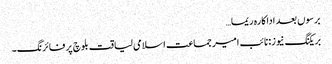
برسوں بعد اداکارہ ریما…
بریکنگ نیوز: نائب امیر جماعت اسلامی لیاقت بلوچ پر فائرنگ۔